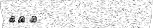
٢٦٩